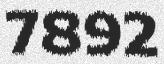
7892